Leaving Certificate Examination, 1923
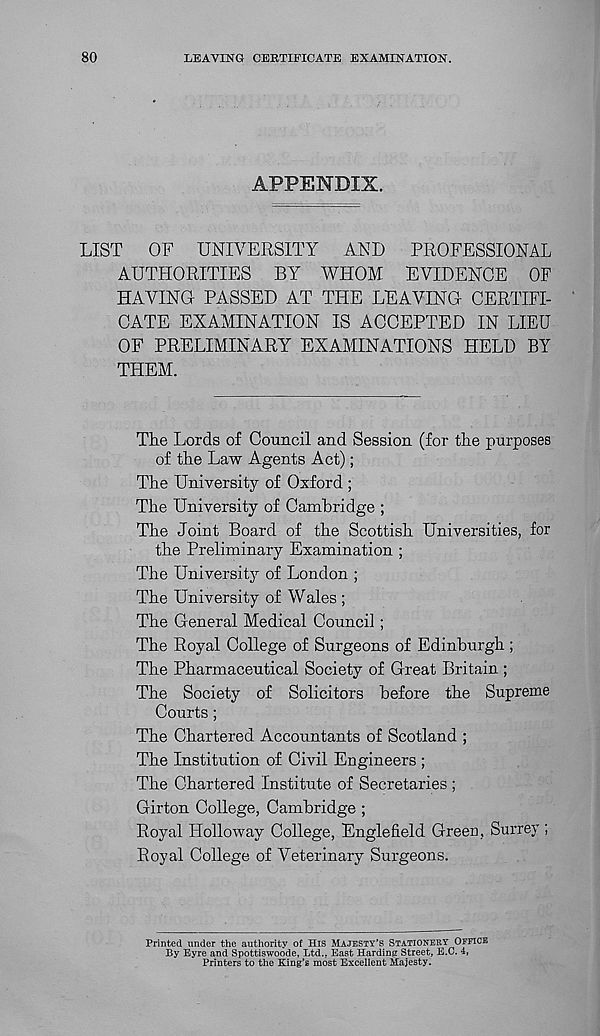
80
LEAVING CERTIFICATE EXAMINATION.
APPENDIX.
LIST
OF UNIVERSITY
AND
PROFESSIONAL
AUTHORITIES BY WHOM EVIDENCE OF
HAVING PASSED AT THE LEAVING CERTIFI-
CATE EXAMINATION IS ACCEPTED IN LIEU
OF PRELIMINARY EXAMINATIONS HELD BY
THEM.
The Lords of Council and Session (for the purposes
of the Law Agents Act);
The University of Oxford ;
The University of Cambridge ;
The Joint Board of the Scottish Universities, for
the Preliminary Examination ;
The University of London ;
The University of Wales ;
The General Medical Council ;
The Royal College of Surgeons of Edinburgh ;
The Pharmaceutical Society of Great Britain ;
The Society of Solicitors before the Supreme
Courts;
The Chartered Accountants of Scotland ;
The Institution of Civil Engineers ;
The Chartered Institute of Secretaries ;
Girton College, Cambridge ;
Royal Holloway College, Engle field Green, Surrey ;
Royal College of Veterinary Surgeons.
Printed under the authority of His Majesty’s Stationery Office
By Eyre and Spottiswoode, Ltd.. East Harding Street, E.C. 4,
Printers to the King’s most Excellent Majesty.